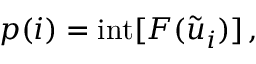
p ( i ) = \mathrm { i n t } [ F ( \tilde { u } _ { i } ) ] \, ,